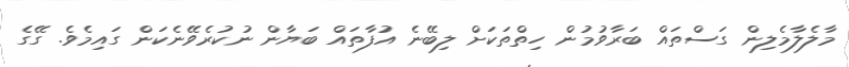
މާލެލާމެލިން ގަސްތައް ބަރާވުމުން ހިތްތަކަށް ލިބޭނެ އުފާތައް ބަޔާން ނުކުރެވޭނެކަން ގައިމެވެ. ގޭގެ